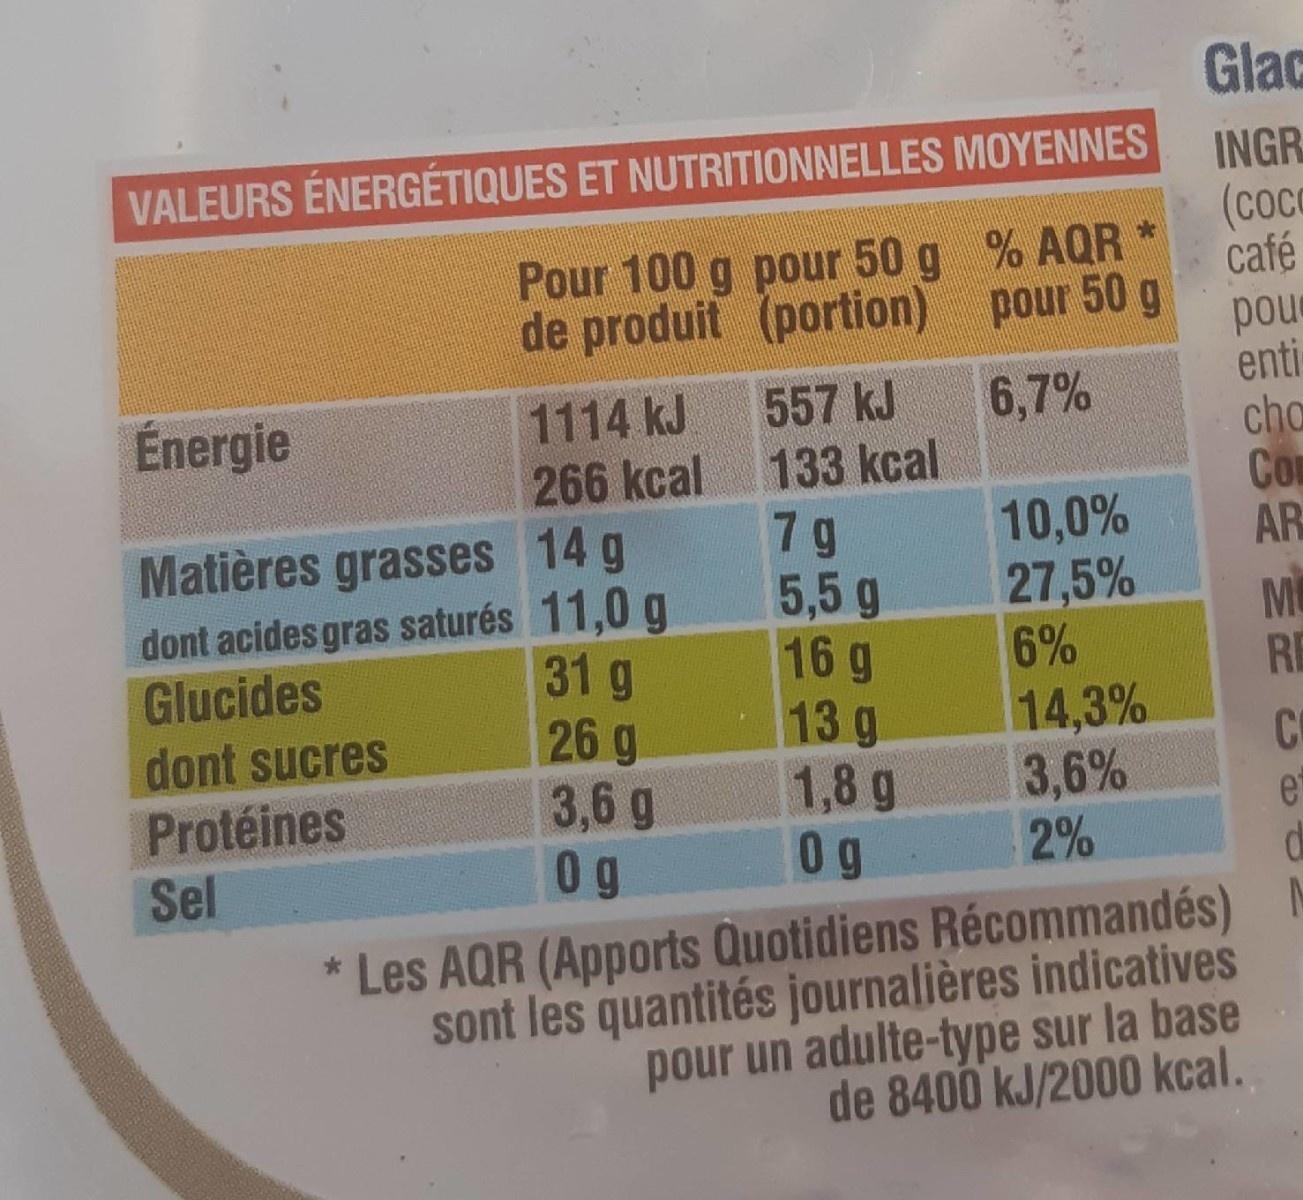
Glac
VALEURS ÉNERGÉTIQUES ET NUTRITIONNELLES MOYENNES
INGR
(сос
Pour 100 g pour 50 g % AQR *
café de produit (portion) pour 50 g
pou enti cho Co AR
557 kJ 133 kcal 7 g 5,5 g 16 g 13 g 1,8 g 0 g
Énergie
1114 kJ
6,7%
266 kcal
10,0% 27,5% 6%
Matières grasses 14 g dont acides gras saturés 11,0 g 31g 26 g 3,6 g 0 g
Glucides dont sucres
RE
14,3% 3,6% 2%
CO
Protéines Sel
et
* Les AQR (Apports Quotidiens Récommandés) M sont les quantités journalières indicatives pour un adulte-type sur la base de 8400 kJ/2000 kcal.